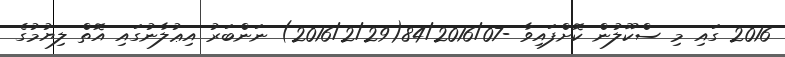
2016 ގައި މި ސްކޫލުން ކޮށްފައިވާ -84/2016/07(2016/2/29) ނަންބަރު އިޢުލާނުގައި އޮތް ލިޔުމުގެ